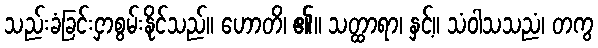
သည်းခံခြင်းငှာစွမ်းနိုင်သည်။ ဟောတိ၊ ၏။ သတ္ထာရာ၊ နှင့်။ သံဝါသသညံ၊ တကွ